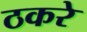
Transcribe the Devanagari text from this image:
ठकरे